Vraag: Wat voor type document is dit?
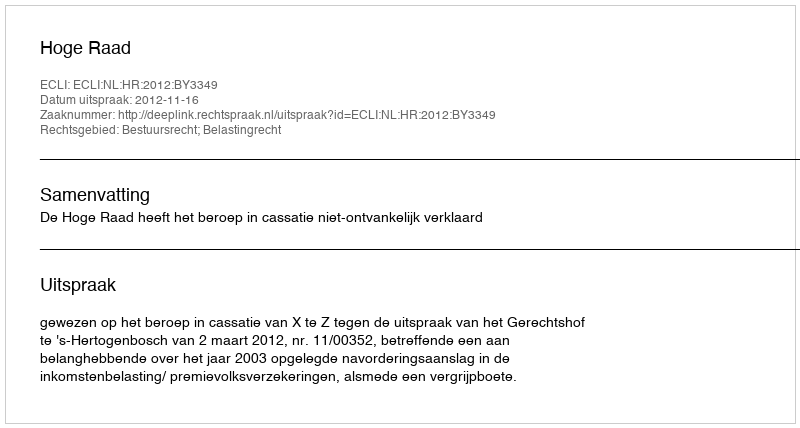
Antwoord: Uitspraak